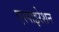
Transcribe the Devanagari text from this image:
एस्पाइरेशन